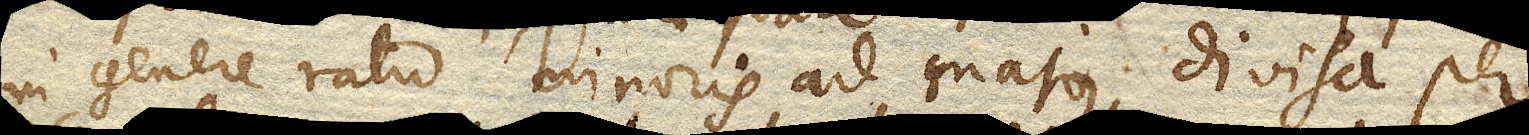
in genere ratio minoris ad majus, divisa per